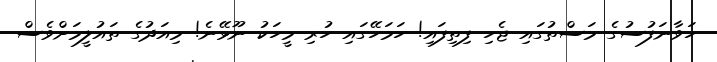
ހަވާނަފުސުގެ މަސްތުގައި ޖެހި ފިތިފައި! ހަމަހޭގައި ހުރި މީހަކު ނޫޅޭނެ! މިއަދުގެ ތައުލީމަށްވެސް